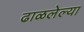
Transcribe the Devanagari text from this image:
ढाळलेल्या